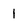
Character: 1